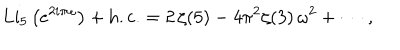
LaTeX: \mathrm { L i } _ { 5 } \left( e ^ { 2 i \pi \omega } \right) + \mathrm { h . c . } = 2 \, \zeta ( 5 ) - 4 \pi ^ { 2 } \zeta ( 3 ) \, \omega ^ { 2 } + \cdots \, ,